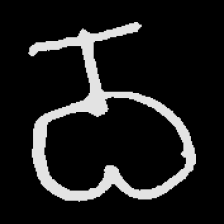
Pyu character \u2014 Myanmar letter: ဝ (romanized: wa)